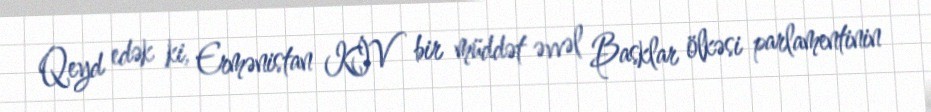
Qeyd edək ki, Ermənistan KİV bir müddət əvvəl Basklar ölkəsi parlamentinin